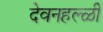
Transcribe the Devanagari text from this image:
देवनहल्ळी